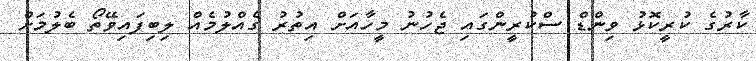
ކާރުގެ ކުރީކޮޅު ވިންޑް ސްކުރީންގައި ޖެހުނު މީހާއަށް އިތުރު ގެއްލުމެއް ލިބިފައިވޭތޯ ބެލުމަށް